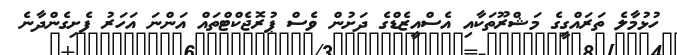
ހުޅުމާލެ ތަރައްގީގެ މަޝްރޫތަކާއި އެސްއީޒެޑްގެ ދަށުން ވެސް ޕުރޮޖެކްޓްތައް އަންނަ އަހަރު ފެށިގެންދާނެ